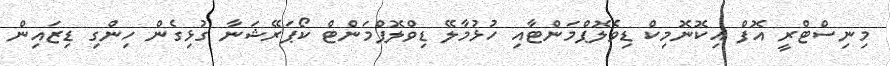
މިނިސްޓްރީ އޮފް އިކޮނޮމިކް ޑިވެލޮޕްމަންޓާއި ހުޅުމާލޭ ޑިވްލޮޕްމަންޓް ކޯޕަރޭޝަނާ ގުޅިގެން ހިންގި ޑިޒައިން